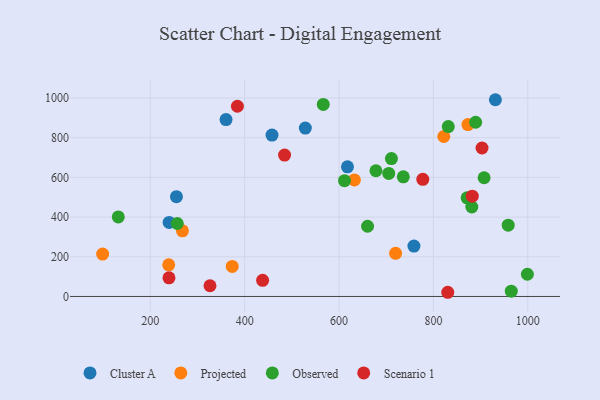
{"axis": {"x": "Distance", "y": "Fuel Efficiency"}, "legend": ["Cluster A", "Observed", "Projected", "Scenario 1"], "data": [{"x": "458.0", "y": 813.5, "type": "Cluster A"}, {"x": "240.0", "y": 373.2, "type": "Cluster A"}, {"x": "931.3", "y": 991.4, "type": "Cluster A"}, {"x": "360.6", "y": 891.4, "type": "Cluster A"}, {"x": "255.5", "y": 503.0, "type": "Cluster A"}, {"x": "758.7", "y": 254.0, "type": "Cluster A"}, {"x": "528.6", "y": 848.4, "type": "Cluster A"}, {"x": "617.9", "y": 653.3, "type": "Cluster A"}, {"x": "822.0", "y": 806.0, "type": "Projected"}, {"x": "373.7", "y": 151.3, "type": "Projected"}, {"x": "719.9", "y": 217.4, "type": "Projected"}, {"x": "239.1", "y": 159.6, "type": "Projected"}, {"x": "873.1", "y": 866.2, "type": "Projected"}, {"x": "268.2", "y": 330.7, "type": "Projected"}, {"x": "632.6", "y": 587.4, "type": "Projected"}, {"x": "99.1", "y": 213.7, "type": "Projected"}, {"x": "678.2", "y": 633.5, "type": "Observed"}, {"x": "705.3", "y": 619.9, "type": "Observed"}, {"x": "889.5", "y": 877.9, "type": "Observed"}, {"x": "611.6", "y": 583.3, "type": "Observed"}, {"x": "958.5", "y": 359.3, "type": "Observed"}, {"x": "831.5", "y": 856.1, "type": "Observed"}, {"x": "907.4", "y": 598.3, "type": "Observed"}, {"x": "660.5", "y": 353.7, "type": "Observed"}, {"x": "881.4", "y": 450.8, "type": "Observed"}, {"x": "965.0", "y": 26.8, "type": "Observed"}, {"x": "871.4", "y": 496.9, "type": "Observed"}, {"x": "132.3", "y": 400.6, "type": "Observed"}, {"x": "736.2", "y": 602.9, "type": "Observed"}, {"x": "257.3", "y": 367.6, "type": "Observed"}, {"x": "999.1", "y": 112.0, "type": "Observed"}, {"x": "566.6", "y": 967.8, "type": "Observed"}, {"x": "711.0", "y": 694.7, "type": "Observed"}, {"x": "882.3", "y": 505.4, "type": "Scenario 1"}, {"x": "384.7", "y": 958.6, "type": "Scenario 1"}, {"x": "830.4", "y": 21.1, "type": "Scenario 1"}, {"x": "903.0", "y": 748.2, "type": "Scenario 1"}, {"x": "484.6", "y": 712.3, "type": "Scenario 1"}, {"x": "239.7", "y": 94.0, "type": "Scenario 1"}, {"x": "326.6", "y": 53.9, "type": "Scenario 1"}, {"x": "438.1", "y": 81.3, "type": "Scenario 1"}, {"x": "777.5", "y": 590.2, "type": "Scenario 1"}]}